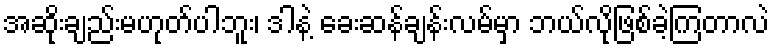
အဆိုးချည်းမဟုတ်ပါဘူး၊ ဒါနဲ့ ခေးဆန်ချန်းလမ်မှာ ဘယ်လိုဖြစ်ခဲ့ကြတာလဲ